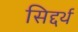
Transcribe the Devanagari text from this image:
सिद्दर्थ